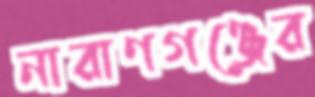
নারাণগঞ্জের